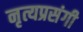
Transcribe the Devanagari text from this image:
नृत्यप्रसंगी